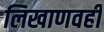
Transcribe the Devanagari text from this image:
लिखाणवही